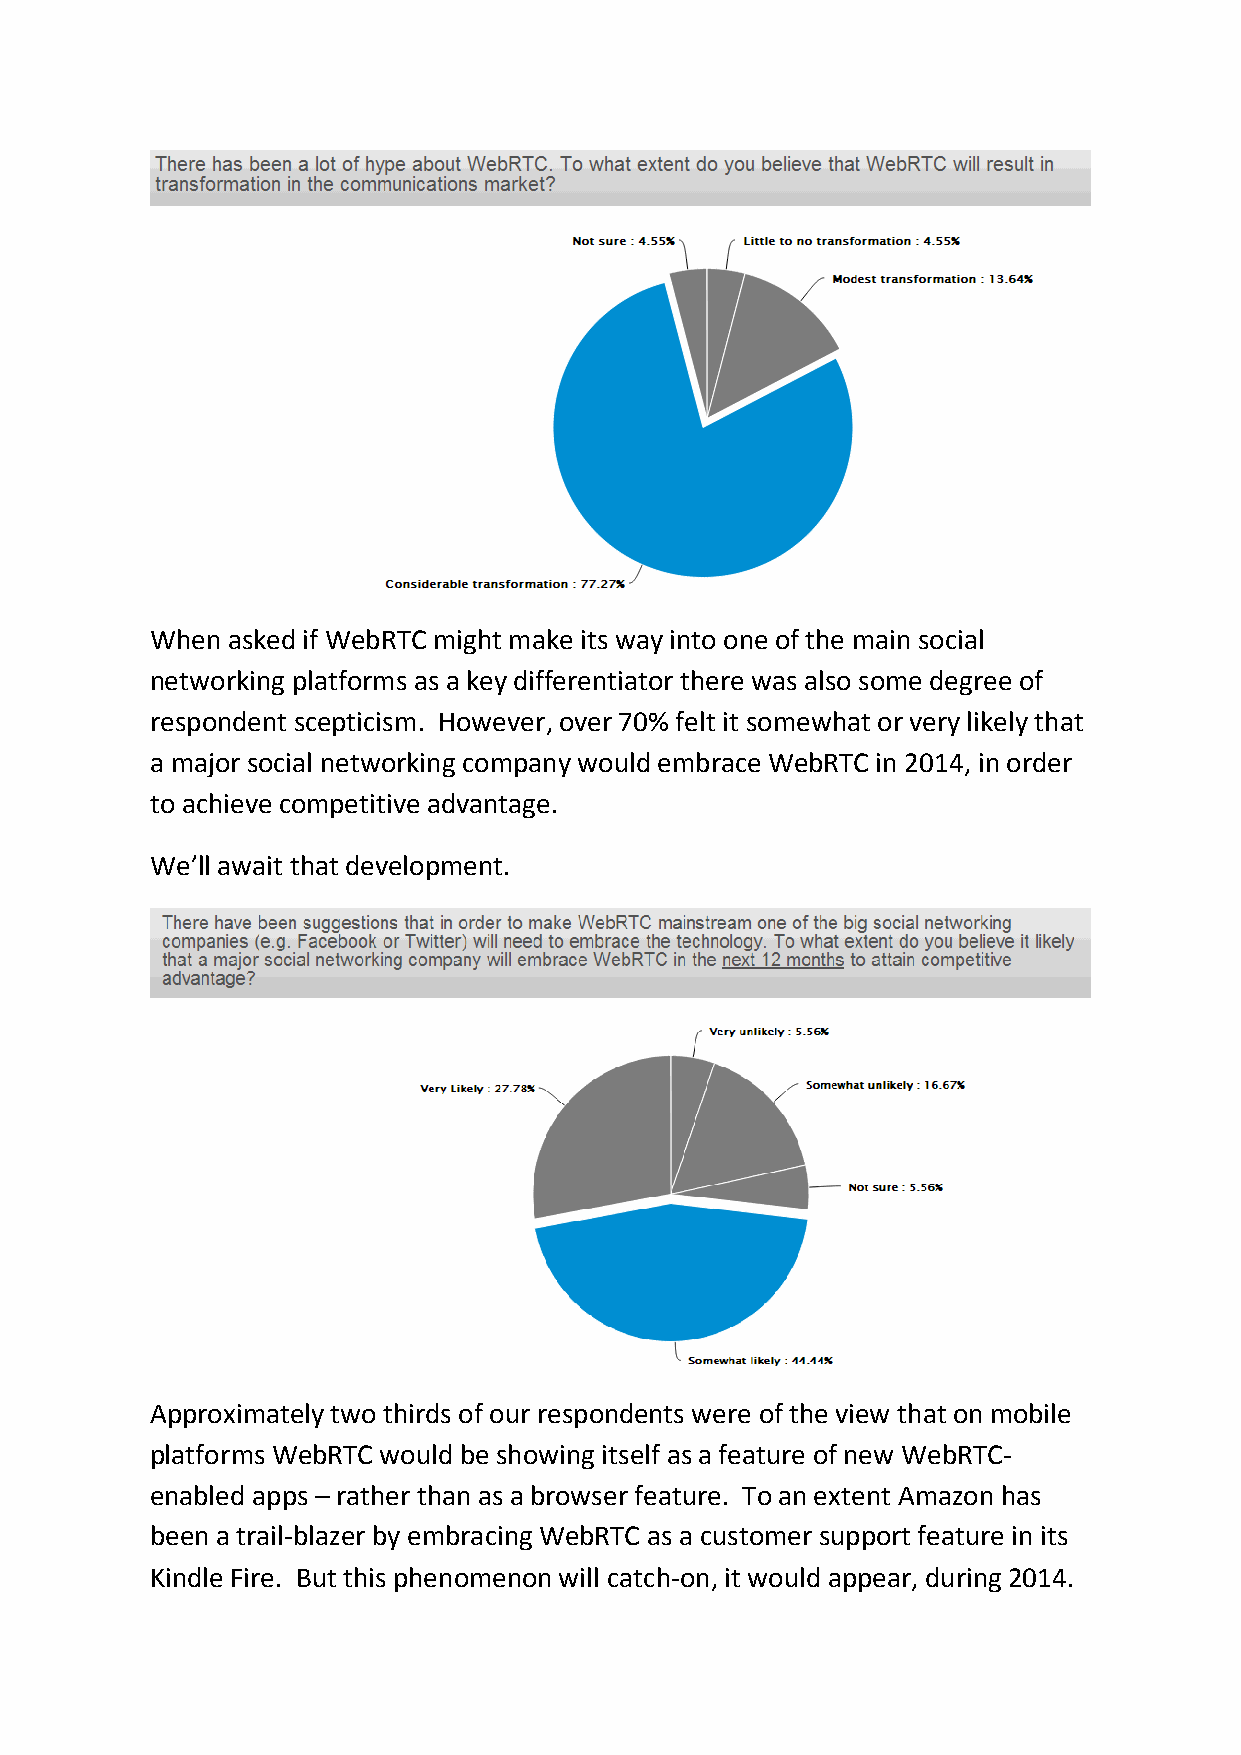
When asked if WebRTC might make its way into one of the main social
 networking platforms as a key differentiator there was also some degree of
 respondent scepticism. However, over 70% felt it somewhat or very likely that
 a major social networking company would embrace WebRTC in 2014, in order
 to achieve competitive advantage.
 We’ll await that development.
 Approximately two thirds of our respondents were of the view that on mobile
 platforms WebRTC would be showing itself as a feature of new WebRTC-
 enabled apps – rather than as a browser feature. To an extent Amazon has
 been a trail-blazer by embracing WebRTC as a customer support feature in its
 Kindle Fire. But this phenomenon will catch-on, it would appear, during 2014.